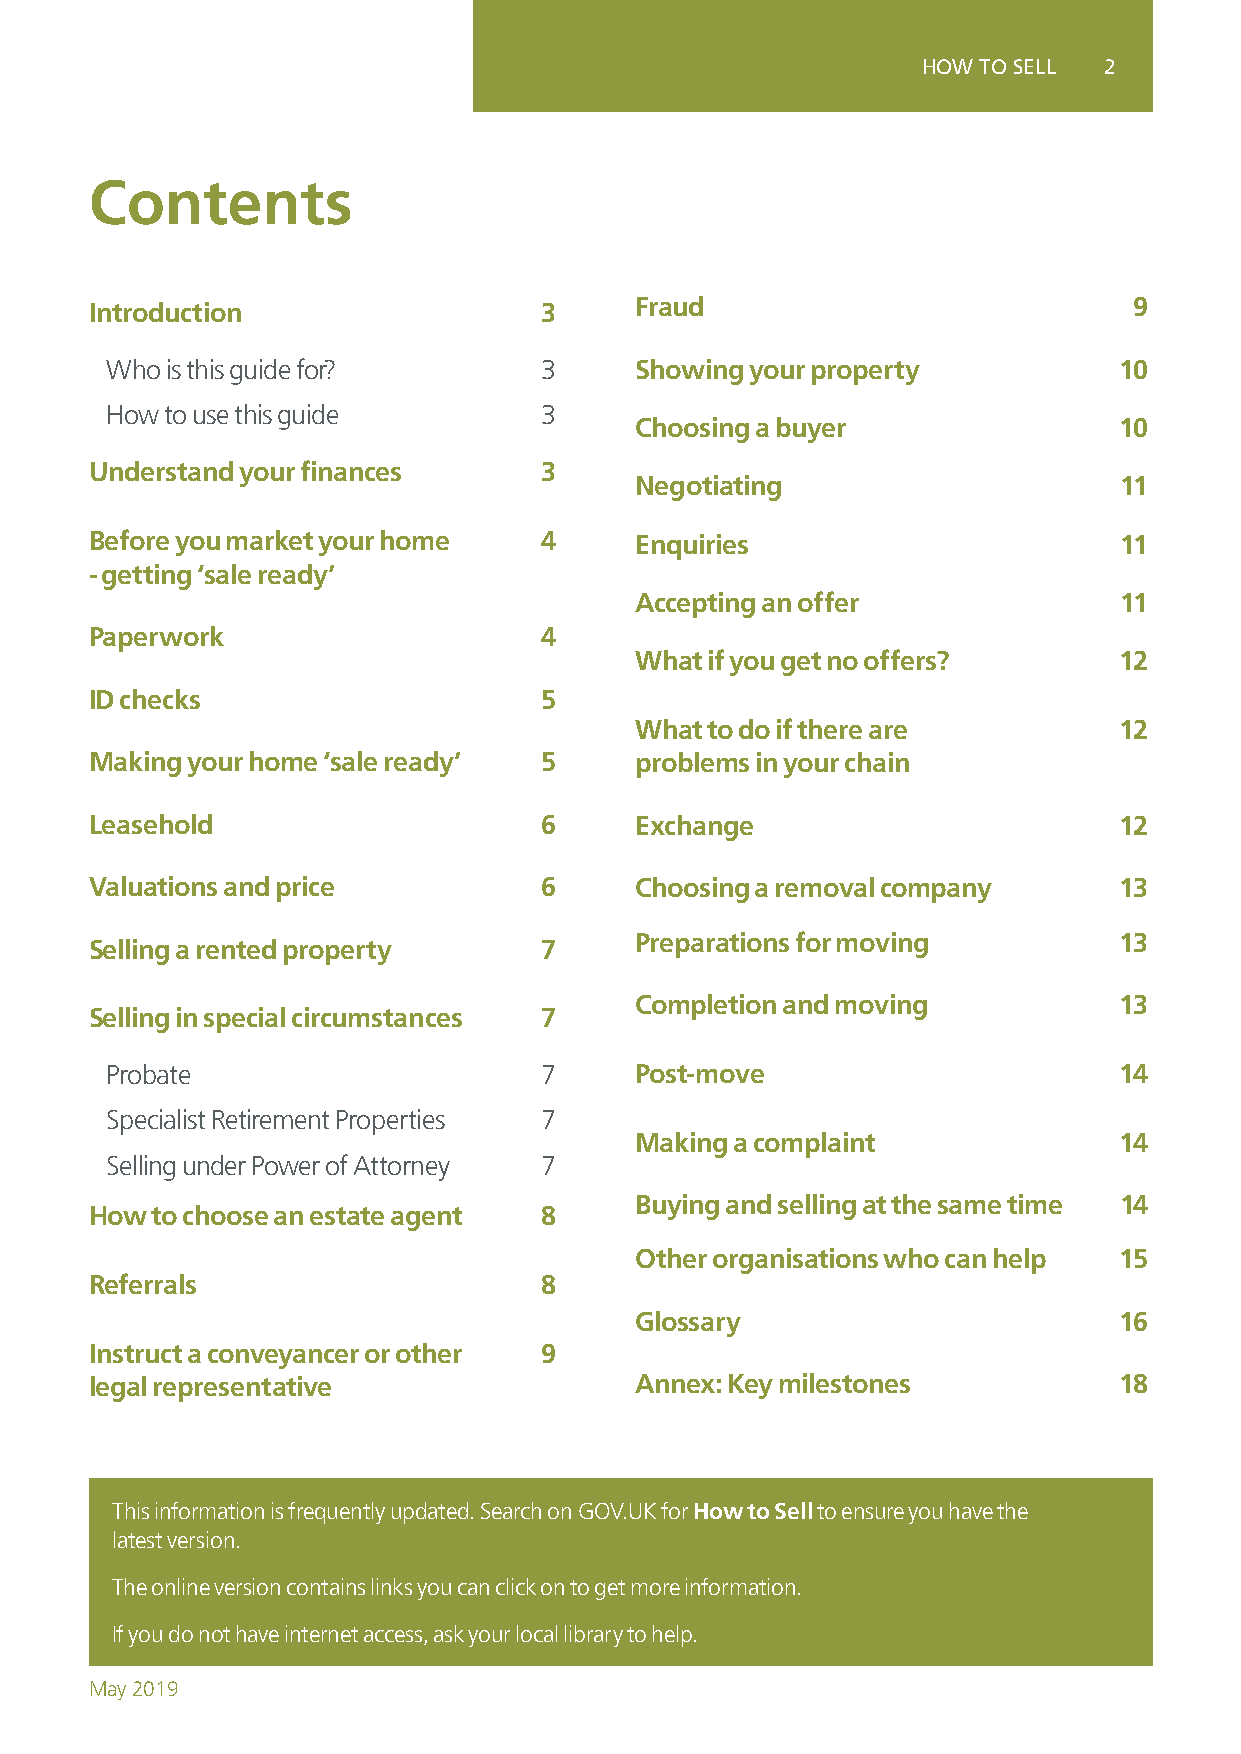
HOW TO SELL 2
 Contents
 Introduction                  3     F raud                           9
 Who is this guide for?       3     Showing your property           10
 How to use this guide        3
 Choosing a buyer                10
 Understand your finances      3
 Negotiating                     11
 Before you market your home   4     Enquiries                       11
 - getting ‘sale ready’
 Accepting an offer              11
 Paperwork                     4
 What if you get no offers?      12
 ID checks                     5
 What to do if there are         12
 Making your home ‘sale ready’ 5     problems in your chain
 Leasehold                     6     Exchange                        12
 Valuations and price          6     Choosing a removal company      13
 Preparations for moving         13
 Selling a rented property     7
 Completion and moving           13
 Selling in special circumstances 7
 Probate                      7     Post-move                       14
 Specialist Retirement Properties 7
 Making a complaint              14
 Selling under Power of Attorney 7
 Buying and selling at the same time 14
 How to choose an estate agent 8
 Other organisations who can help 15
 Referrals                     8
 Glossary                        16
 Instruct a conveyancer or other 9
 legal representative                Annex: Key milestones           18
 This information is frequently updated. Search on GOV.UK for How to Sell to ensure you have the
 latest version.
 The online version contains links you can click on to get more information.
 If you do not have internet access, ask your local library to help.
 May 2019